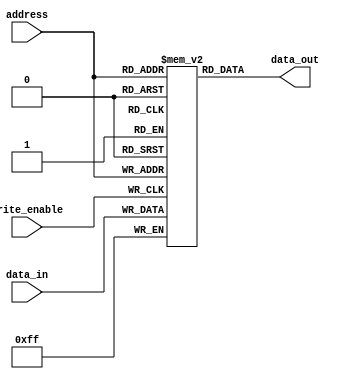
module MemoryBlocksAntiFuseROM (
    input wire [7:0] address,
    input wire write_enable,
    input wire [7:0] data_in,
    output reg [7:0] data_out
);

reg [7:0] memory_blocks [0:255];

always @(posedge write_enable) begin
    memory_blocks[address] <= data_in;
end

assign data_out = memory_blocks[address];

endmodule